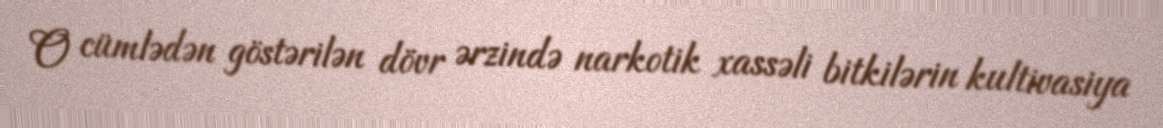
O cümlədən göstərilən dövr ərzində narkotik xassəli bitkilərin kultivasiya